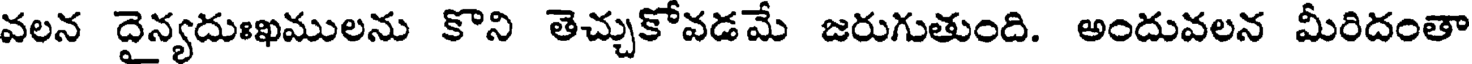
వలన దైన్యదుఃఖములను కొని తెచ్చుకోవడమే జరుగుతుంది. అందువలన మీరిదంతా